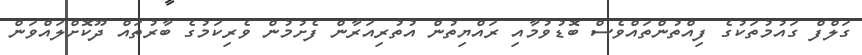
ގަލްފް ގައުމުތަކުގެ ފިއްތުންތައްވެސް ބޮޑުވުމާއި ރައްޔިތުން އުތުރިއަރާން ފެށުމުން ވެރިކަމުގެ ބާރުތައް ދޫކޮށްލައްވަން